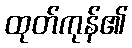
ထုတ်ကုန်၏